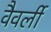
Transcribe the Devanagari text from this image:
वैवर्ली